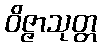
ဝိဇ္ဇာသုတ္တ